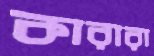
কারারা